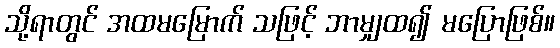
သို့ရာတွင် အထမမြောက် သဖြင့် ဘာမျှထ၍ မပြောဖြစ်။